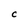
Character: C